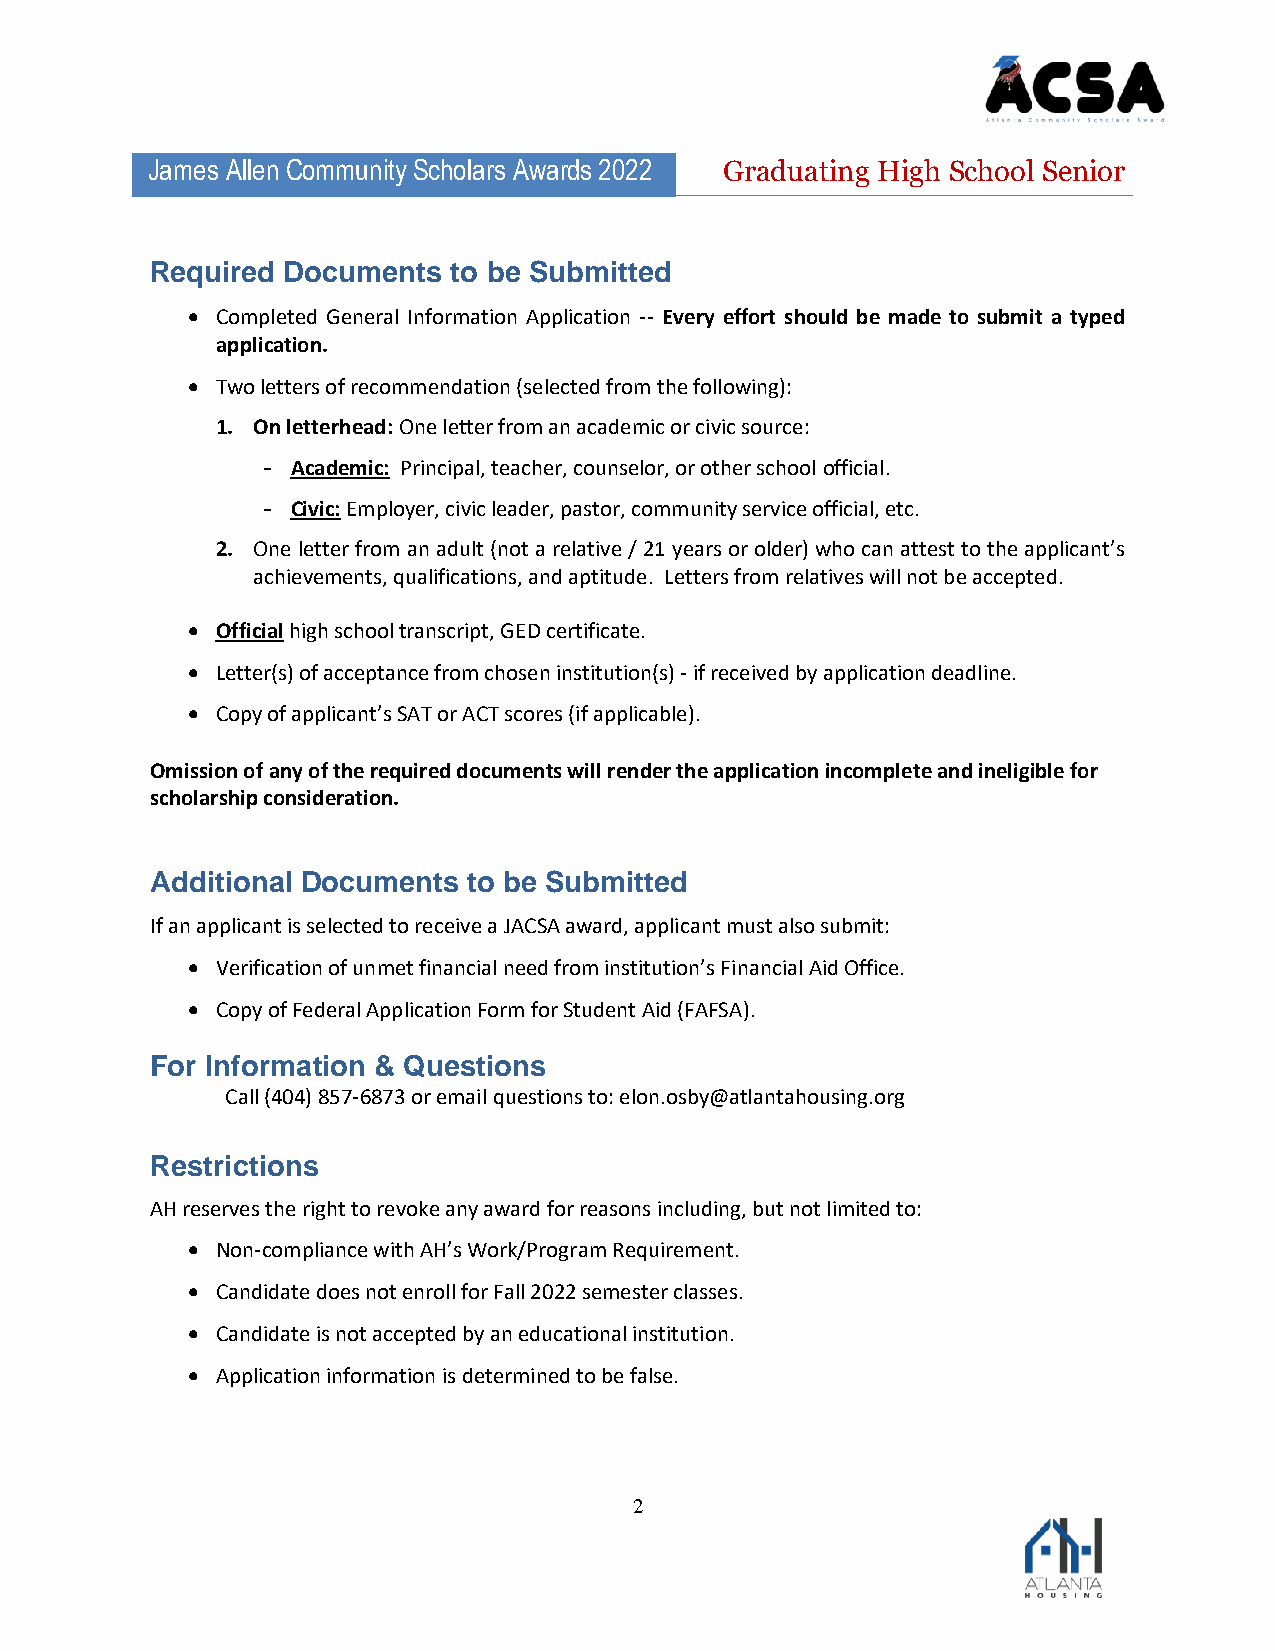
James Allen Community Scholars Awards 2022 Graduating High School Senior
 Required Documents  to be Submitted
 • Completed General Information Application -- Every effort should be made to submit a typed
 application.
 • Two letters of recommendation (selected from the following):
 1. On letterhead: One letter from an academic or civic source:
 - Academic: Principal, teacher, counselor, or other school official.
 - Civic: Employer, civic leader, pastor, community service official, etc.
 2. One letter from an adult (not a relative / 21 years or older) who can attest to the applicant’s
 achievements, qualifications, and aptitude. Letters from relatives will not be accepted.
 • Official high school transcript, GED certificate.
 • Letter(s) of acceptance from chosen institution(s) - if received by application deadline.
 • Copy of applicant’s SAT or ACT scores (if applicable).
 Omission of any of the required documents will render the application incomplete and ineligible for
 scholarship consideration.
 Additional Documents to be Submitted
 If an applicant is selected to receive a JACSA award, applicant must also submit:
 • Verification of unmet financial need from institution’s Financial Aid Office.
 • Copy of Federal Application Form for Student Aid (FAFSA).
 For Information & Questions
 Call (404) 857-6873 or email questions to: elon.osby@atlantahousing.org
 Restrictions
 AH reserves the right to revoke any award for reasons including, but not limited to:
 • Non-compliance with AH’s Work/Program Requirement.
 • Candidate does not enroll for Fall 2022 semester classes.
 • Candidate is not accepted by an educational institution.
 • Application information is determined to be false.
 2